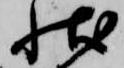
状